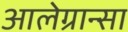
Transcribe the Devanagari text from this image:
आलेग्रान्सा